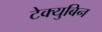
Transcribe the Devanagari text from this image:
टेक्युबिन